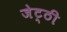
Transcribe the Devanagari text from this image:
जेट्ठी